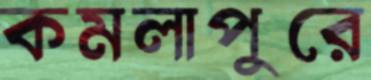
কমলাপুরে